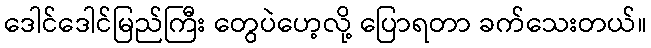
ဒေါင်ဒေါင်မြည်ကြီး တွေပဲဟေ့လို့ ပြောရတာ ခက်သေးတယ်။